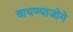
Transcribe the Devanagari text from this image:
वाचण्याजोगे